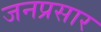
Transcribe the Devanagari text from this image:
जनप्रसार